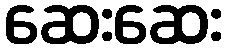
ဆေးဆေး